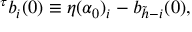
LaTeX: ^ { \tau } b _ { i } ( 0 ) \equiv \eta ( \alpha _ { 0 } ) _ { i } - b _ { \tilde { h } - i } ( 0 ) ,